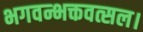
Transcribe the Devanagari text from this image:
भगवन्भक्तवत्सल।